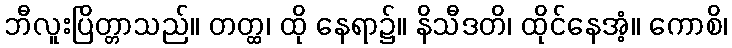
ဘီလူးပြိတ္တာသည်။ တတ္ထ၊ ထို နေရာ၌။ နိသီဒတိ၊ ထိုင်နေအံ့။ ကောစိ၊